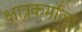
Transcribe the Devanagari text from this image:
क्षात्रकर्माला